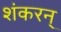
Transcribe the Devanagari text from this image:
शंकरन्